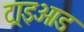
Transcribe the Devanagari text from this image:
ट्राइओड